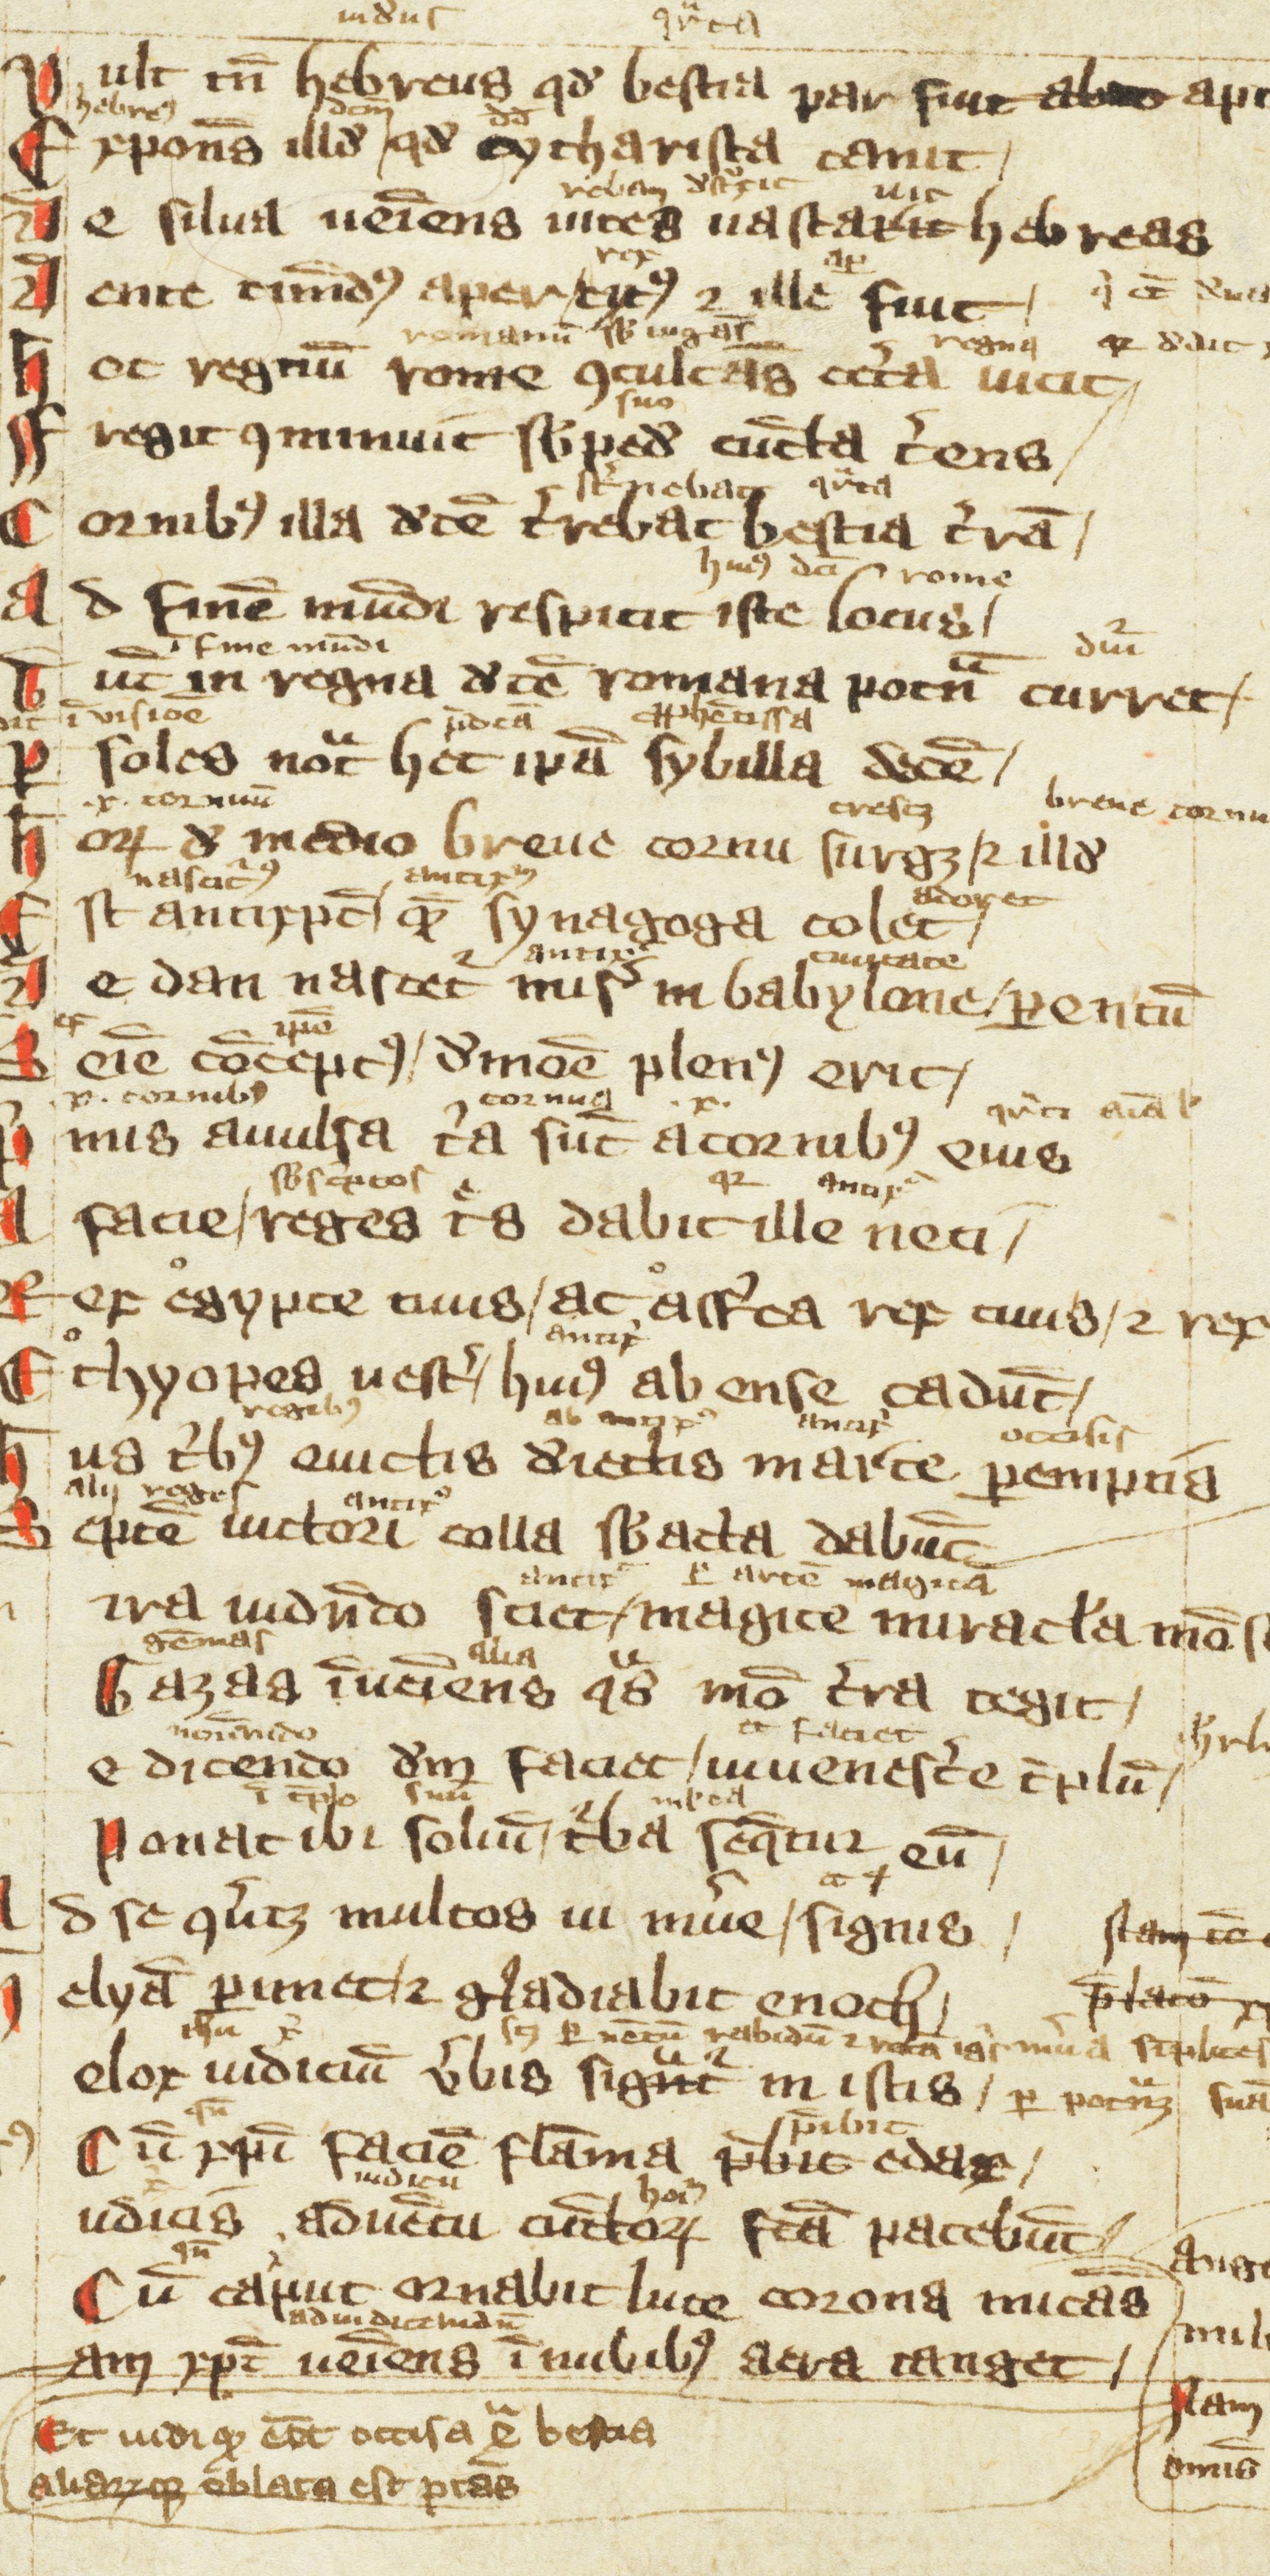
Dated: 1300–1399